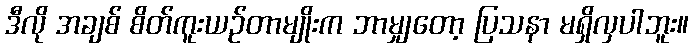
ဒီလို အချစ် စိတ်ကူးယဉ်တာမျိုးက ဘာမျှတော့ ပြသနာ မရှိလှပါဘူး။